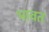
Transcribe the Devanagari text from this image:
भावत